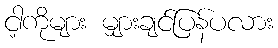
ငါ့ကိုများ မျှားချင်ပြန်ပလား